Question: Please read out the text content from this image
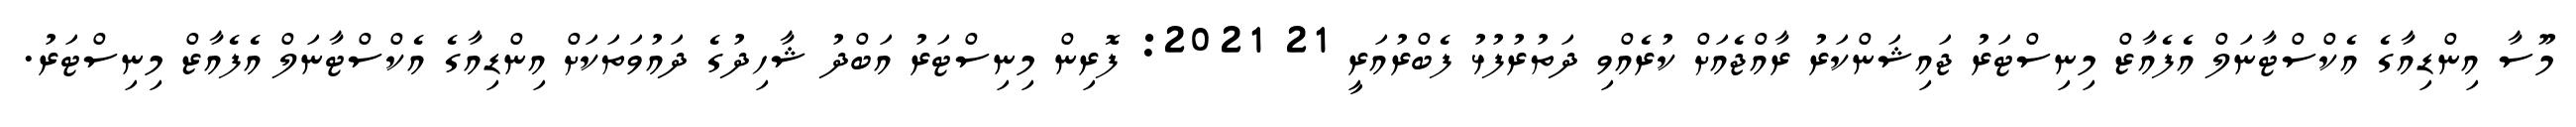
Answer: މޫސާ އިންޑިއާގެ އެކްސްޓާނަލް އެފެއާޒް މިނިސްޓަރު ޖައިޝަންކަރު ރާއްޖެއަށް ކުރެއްވި ދަތުރުފުޅު ފެބްރުއަރީ 21 2021: ފޮރިން މިނިސްޓަރު އަބްދު ޝާހިދުގެ ދައުވަތަކަށް އިންޑިއާގެ އެކްސްޓާނަލް އެފެއާޒް މިނިސްޓަރު.